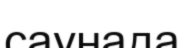
саунада